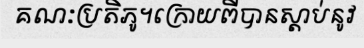
គណៈប្រតិភូ។ក្រោយពីបានស្តាប់នូវ